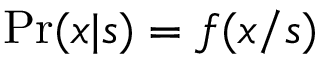
\mathrm { P r } ( x | s ) = f ( x / s )